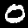
Digit: 0